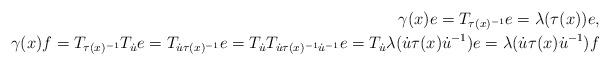
LaTeX: \begin{align*}\gamma(x)e=T_{\tau(x)^{-1}}e=\lambda(\tau(x))e,\\\gamma(x)f=T_{\tau(x)^{-1}}T_{\dot{u}}e=T_{\dot{u}\tau(x)^{-1}}e=T_{\dot{u}} T_{\dot{u}\tau(x)^{-1}\dot{u}^{-1}}e=T_{\dot{u}}\lambda(\dot{u}\tau(x)\dot{u}^{-1})e=\lambda(\dot{u}\tau(x)\dot{u}^{-1})f\end{align*}